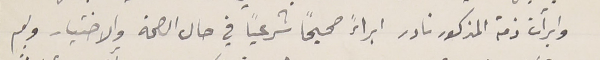
وإبرأت ذمة المذكور نادر ابراءً صحيحًا شرعياً في حال الصحة والاختيار ولم